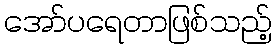
အော်ပရေတာဖြစ်သည့်